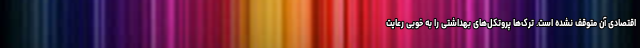
اقتصادی آن متوقف نشده است. ترک‌ها پروتکل‌های بهداشتی را به خوبی رعایت